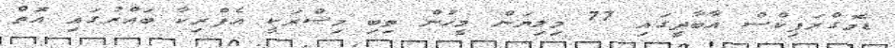
ޑެމޮގްރަފިކްސް އާބާދީީގައި 77 މިލިޔަން މީހުން ތިބި މިޞްރަކީ އެފްރިކާ ބައްރުގައި އޮތް